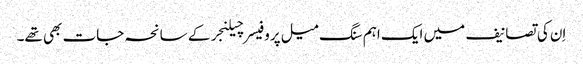
اِن کی تصانیف میں ایک اہم سنگ میل پروفیسر چیلنجر کے سانحہ جات بھی تھے۔